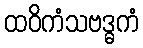
ထဝိကံသဗဒ္ဓကံ